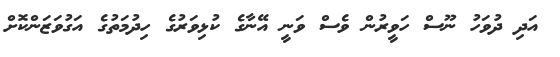
އަދި ދުވަހު ނޫސް ހަވީރުން ވެސް ވަނީ އޭނާގެ ކުޅިވަރުގެ ހިދުމަތުގެ އަގުވަޒަންކޮށް